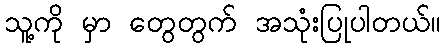
သူ့ကို မှာ တွေတွက် အသုံးပြုပါတယ်။